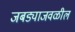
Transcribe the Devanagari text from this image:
जबड्याजवळील